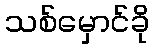
သစ်မှောင်ခို